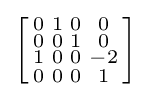
\left[{\begin{smallmatrix}0&1&0&0\\0&0&1&0\\1&0&0&-2\\0&0&0&1\\\end{smallmatrix}}\right]